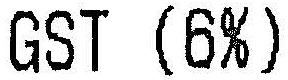
GST (6%)